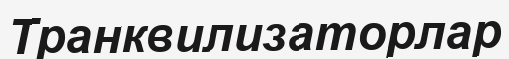
Транквилизаторлар